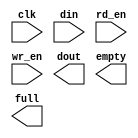
module fifo_combine(
	clk,
	din,
	rd_en,
	wr_en,
	dout,
	empty,
	full);


input clk;
input [10 : 0] din;
input rd_en;
input wr_en;
output [10 : 0] dout;
output empty;
output full;

// synthesis translate_off

      FIFO_GENERATOR_V4_4 #(
		.C_COMMON_CLOCK(1),
		.C_COUNT_TYPE(0),
		.C_DATA_COUNT_WIDTH(10),
		.C_DEFAULT_VALUE("BlankString"),
		.C_DIN_WIDTH(11),
		.C_DOUT_RST_VAL("0"),
		.C_DOUT_WIDTH(11),
		.C_ENABLE_RLOCS(0),
		.C_FAMILY("virtex2p"),
		.C_FULL_FLAGS_RST_VAL(0),
		.C_HAS_ALMOST_EMPTY(0),
		.C_HAS_ALMOST_FULL(0),
		.C_HAS_BACKUP(0),
		.C_HAS_DATA_COUNT(0),
		.C_HAS_INT_CLK(0),
		.C_HAS_MEMINIT_FILE(0),
		.C_HAS_OVERFLOW(0),
		.C_HAS_RD_DATA_COUNT(0),
		.C_HAS_RD_RST(0),
		.C_HAS_RST(0),
		.C_HAS_SRST(0),
		.C_HAS_UNDERFLOW(0),
		.C_HAS_VALID(0),
		.C_HAS_WR_ACK(0),
		.C_HAS_WR_DATA_COUNT(0),
		.C_HAS_WR_RST(0),
		.C_IMPLEMENTATION_TYPE(0),
		.C_INIT_WR_PNTR_VAL(0),
		.C_MEMORY_TYPE(1),
		.C_MIF_FILE_NAME("BlankString"),
		.C_MSGON_VAL(1),
		.C_OPTIMIZATION_MODE(0),
		.C_OVERFLOW_LOW(0),
		.C_PRELOAD_LATENCY(1),
		.C_PRELOAD_REGS(0),
		.C_PRIM_FIFO_TYPE("1kx18"),
		.C_PROG_EMPTY_THRESH_ASSERT_VAL(2),
		.C_PROG_EMPTY_THRESH_NEGATE_VAL(3),
		.C_PROG_EMPTY_TYPE(0),
		.C_PROG_FULL_THRESH_ASSERT_VAL(1022),
		.C_PROG_FULL_THRESH_NEGATE_VAL(1021),
		.C_PROG_FULL_TYPE(0),
		.C_RD_DATA_COUNT_WIDTH(10),
		.C_RD_DEPTH(1024),
		.C_RD_FREQ(1),
		.C_RD_PNTR_WIDTH(10),
		.C_UNDERFLOW_LOW(0),
		.C_USE_DOUT_RST(0),
		.C_USE_ECC(0),
		.C_USE_EMBEDDED_REG(0),
		.C_USE_FIFO16_FLAGS(0),
		.C_USE_FWFT_DATA_COUNT(0),
		.C_VALID_LOW(0),
		.C_WR_ACK_LOW(0),
		.C_WR_DATA_COUNT_WIDTH(10),
		.C_WR_DEPTH(1024),
		.C_WR_FREQ(1),
		.C_WR_PNTR_WIDTH(10),
		.C_WR_RESPONSE_LATENCY(1))
	inst (
		.CLK(clk),
		.DIN(din),
		.RD_EN(rd_en),
		.WR_EN(wr_en),
		.DOUT(dout),
		.EMPTY(empty),
		.FULL(full),
		.INT_CLK(),
		.BACKUP(),
		.BACKUP_MARKER(),
		.PROG_EMPTY_THRESH(),
		.PROG_EMPTY_THRESH_ASSERT(),
		.PROG_EMPTY_THRESH_NEGATE(),
		.PROG_FULL_THRESH(),
		.PROG_FULL_THRESH_ASSERT(),
		.PROG_FULL_THRESH_NEGATE(),
		.RD_CLK(),
		.RD_RST(),
		.RST(),
		.SRST(),
		.WR_CLK(),
		.WR_RST(),
		.ALMOST_EMPTY(),
		.ALMOST_FULL(),
		.DATA_COUNT(),
		.OVERFLOW(),
		.PROG_EMPTY(),
		.PROG_FULL(),
		.VALID(),
		.RD_DATA_COUNT(),
		.UNDERFLOW(),
		.WR_ACK(),
		.WR_DATA_COUNT(),
		.SBITERR(),
		.DBITERR());


// synthesis translate_on

// XST black box declaration
// box_type "black_box"
// synthesis attribute box_type of fifo_combine is "black_box"

endmodule